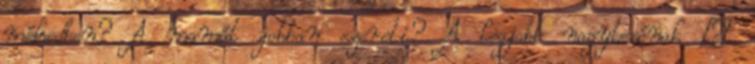
méhedben? A mamát jobban szereti? A legjobb nagytesónak –